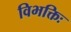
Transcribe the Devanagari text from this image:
विभक्तिः